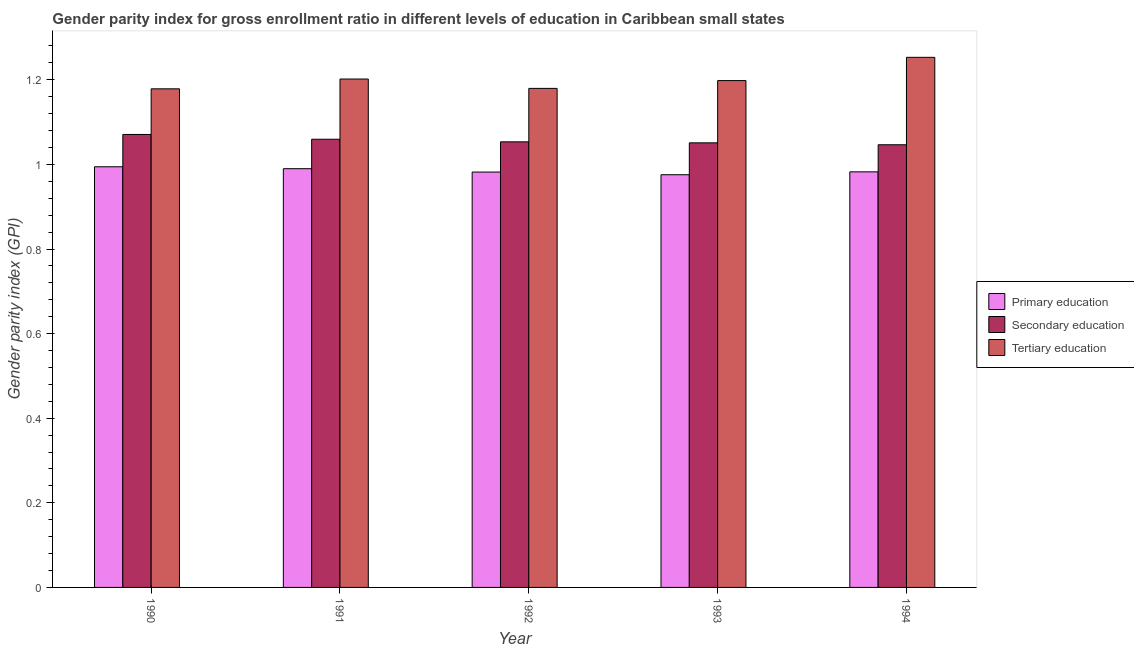
| Year | Primary education | Secondary education | Tertiary education |
 | --- | --- | --- | --- |
 | 1990 | 0.994 | 1.07 | 1.18 |
 | 1991 | 0.99 | 1.06 | 1.2 |
 | 1992 | 0.982 | 1.05 | 1.18 |
 | 1993 | 0.976 | 1.05 | 1.2 |
 | 1994 | 0.982 | 1.05 | 1.25 |